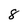
Character: 8